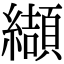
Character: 纈